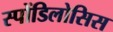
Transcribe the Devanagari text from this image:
स्पोंडिलोसिस